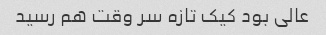
عالی بود کیک تازه سر وقت هم رسید